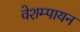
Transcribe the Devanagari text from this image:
वेशम्पायन